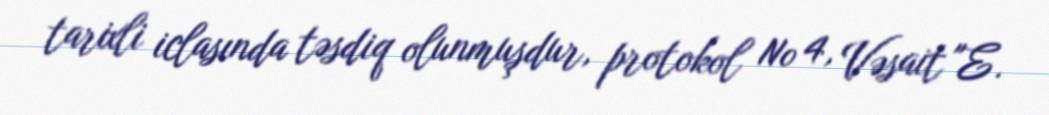
tarixli iclasında təsdiq olunmuşdur, protokol № 4, Vəsait "E.